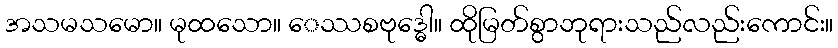
အသမသမော။ မုထသော။ ေဿစဗုဒ္ဓေါ။ ထိုမြတ်စွာဘုရားသည်လည်းကောင်း။